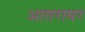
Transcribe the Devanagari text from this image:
आतरावर